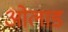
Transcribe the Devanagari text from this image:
ओलाड